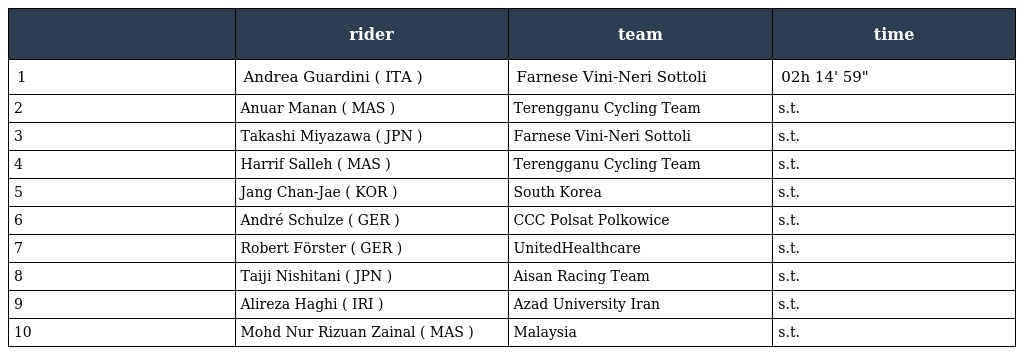
|  | rider | team | time |
 | --- | --- | --- | --- |
 | 1 | Andrea Guardini ( ITA ) | Farnese Vini-Neri Sottoli | 02h 14' 59" |
 | 2 | Anuar Manan ( MAS ) | Terengganu Cycling Team | s.t. |
 | 3 | Takashi Miyazawa ( JPN ) | Farnese Vini-Neri Sottoli | s.t. |
 | 4 | Harrif Salleh ( MAS ) | Terengganu Cycling Team | s.t. |
 | 5 | Jang Chan-Jae ( KOR ) | South Korea | s.t. |
 | 6 | André Schulze ( GER ) | CCC Polsat Polkowice | s.t. |
 | 7 | Robert Förster ( GER ) | UnitedHealthcare | s.t. |
 | 8 | Taiji Nishitani ( JPN ) | Aisan Racing Team | s.t. |
 | 9 | Alireza Haghi ( IRI ) | Azad University Iran | s.t. |
 | 10 | Mohd Nur Rizuan Zainal ( MAS ) | Malaysia | s.t. |